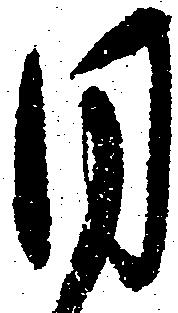
目